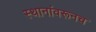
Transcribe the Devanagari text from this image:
स्थानांवरूनच